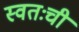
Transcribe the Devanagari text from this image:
स्वतःची